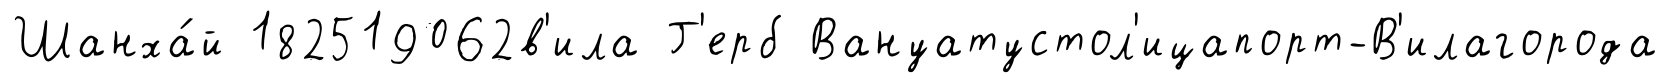
Шанха́й 182519062в'ила Г'ерб Вануатустол'ицапорт-В'илагорода